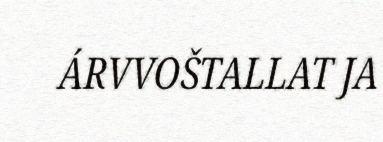
ÁRVVOŠTALLAT JA